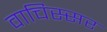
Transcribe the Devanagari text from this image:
वाचिस्सर